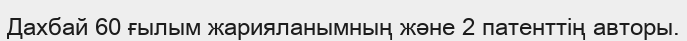
Дахбай 60 ғылым жарияланымның және 2 патенттің авторы.